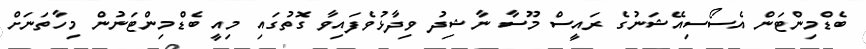
ބެޑްމިންޓަން އެސޯސިއޭޝަނުގެ ރައީސް މޫސާ ނާޝިދު ވިދާޅުވެފައިވާ ގޮތުގައި މިއީ ބެޑްމިންޓަނުން މިހާތަނަށް